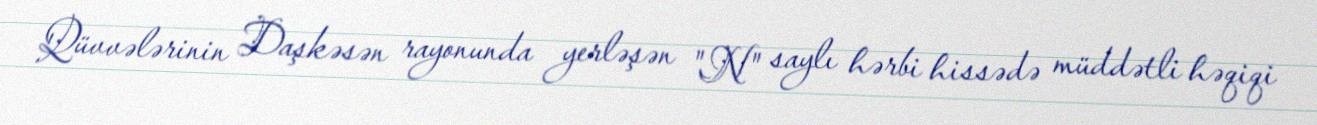
Qüvvələrinin Daşkəsən rayonunda yerləşən "N" saylı hərbi hissədə müddətli həqiqi